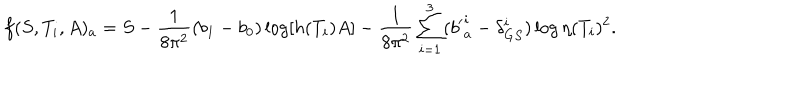
LaTeX: f ( S , T _ { i } , A ) _ { a } = S - { \frac { 1 } { 8 \pi ^ { 2 } } } ( b _ { 1 } - b _ { 0 } ) \log \lbrack h ( T _ { i } ) A \rbrack - { \frac { 1 } { 8 \pi ^ { 2 } } } \sum _ { i = 1 } ^ { 3 } ( { b ^ { \prime } } _ { a } ^ { i } - \delta _ { G S } ^ { i } ) \log \eta ( T _ { i } ) ^ { 2 } { } .